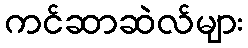
ကင်ဆာဆဲလ်များ